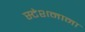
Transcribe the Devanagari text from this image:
स्टेशनाना